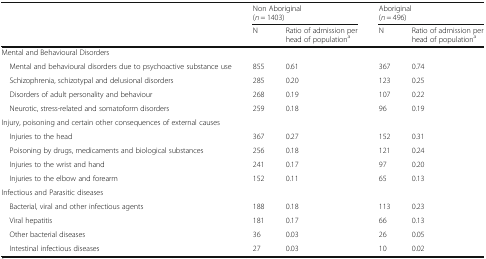
<table><thead><tr><td></td><td colspan="2"><b>Non Aboriginal(<i>n</i> = 1403)</b></td><td colspan="2"><b>Aboriginal(<i>n</i> = 496)</b></td></tr><tr><td></td><td><b>N</b></td><td><b>Ratio of admission per head of population<sup>a</sup></b></td><td><b>N</b></td><td><b>Ratio of admission per head of population<sup>a</sup></b></td></tr></thead><tbody><tr><td colspan="5">Mental and Behavioural Disorders</td></tr><tr><td> Mental and behavioural disorders due to psychoactive substance use</td><td>855</td><td>0.61</td><td>367</td><td>0.74</td></tr><tr><td> Schizophrenia, schizotypal and delusional disorders</td><td>285</td><td>0.20</td><td>123</td><td>0.25</td></tr><tr><td> Disorders of adult personality and behaviour</td><td>268</td><td>0.19</td><td>107</td><td>0.22</td></tr><tr><td> Neurotic, stress-related and somatoform disorders</td><td>259</td><td>0.18</td><td>96</td><td>0.19</td></tr><tr><td colspan="5">Injury, poisoning and certain other consequences of external causes</td></tr><tr><td> Injuries to the head</td><td>367</td><td>0.27</td><td>152</td><td>0.31</td></tr><tr><td> Poisoning by drugs, medicaments and biological substances</td><td>256</td><td>0.18</td><td>121</td><td>0.24</td></tr><tr><td> Injuries to the wrist and hand</td><td>241</td><td>0.17</td><td>97</td><td>0.20</td></tr><tr><td> Injuries to the elbow and forearm</td><td>152</td><td>0.11</td><td>65</td><td>0.13</td></tr><tr><td colspan="5">Infectious and Parasitic diseases</td></tr><tr><td> Bacterial, viral and other infectious agents</td><td>188</td><td>0.18</td><td>113</td><td>0.23</td></tr><tr><td> Viral hepatitis</td><td>181</td><td>0.17</td><td>66</td><td>0.13</td></tr><tr><td> Other bacterial diseases</td><td>36</td><td>0.03</td><td>26</td><td>0.05</td></tr><tr><td> Intestinal infectious diseases</td><td>27</td><td>0.03</td><td>10</td><td>0.02</td></tr></tbody></table>